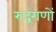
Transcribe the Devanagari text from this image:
रुद्रगणों